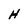
Character: H